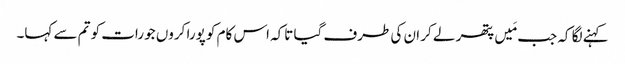
کہنے لگا کہ جب مَیں پتھر لے کر ان کی طرف گیا تاکہ اس کام کو پورا کروں جو رات کو تم سے کہا۔